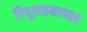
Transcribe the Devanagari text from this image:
विपूलप्रमाणात